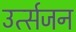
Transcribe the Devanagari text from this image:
उर्त्सजन